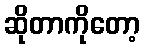
ဆိုတာကိုတော့